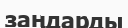
заңдарды